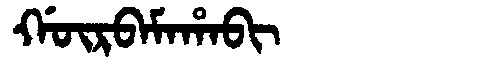
Manchu: ᡤᡡᡵᠪᠠᠮᠠᡥᠠᠪᡳ
Romanization: GŪRBAMAHABI